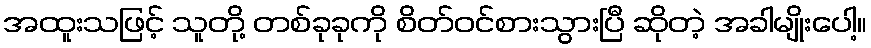
အထူးသဖြင့် သူတို့ တစ်ခုခုကို စိတ်ဝင်စားသွားပြီ ဆိုတဲ့ အခါမျိုးပေါ့။